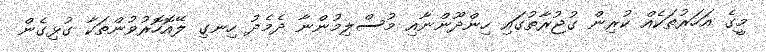
މީގެ އަހަރުތަކެއް ކުރިން ގުޖުރާތުގައި ހިންދޫންނާއި މުސްލިމުންނާ ދެމެދު ހިނގި ލޭއޮހޮރުވުންތަކާ ގުޅިގެން